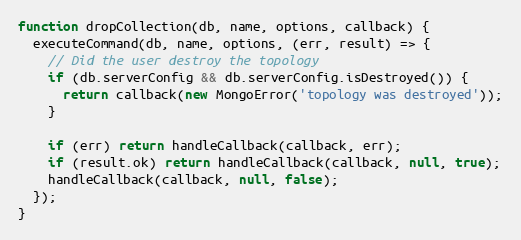
Language: JavaScript
function dropCollection(db, name, options, callback) {
  executeCommand(db, name, options, (err, result) => {
    // Did the user destroy the topology
    if (db.serverConfig && db.serverConfig.isDestroyed()) {
      return callback(new MongoError('topology was destroyed'));
    }

    if (err) return handleCallback(callback, err);
    if (result.ok) return handleCallback(callback, null, true);
    handleCallback(callback, null, false);
  });
}